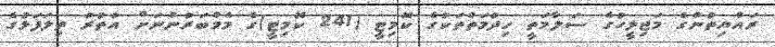
ރައްޔިތުންގެ މަޖިލީހުގެ ސަލާމަތީ ހިދުމަތްތަކުގެ ކޮމިޓީ (241 ކޮމިޓީ)ގެ މެމްބަރުންނަށް އުތުރު ތިލަފަޅުގެ